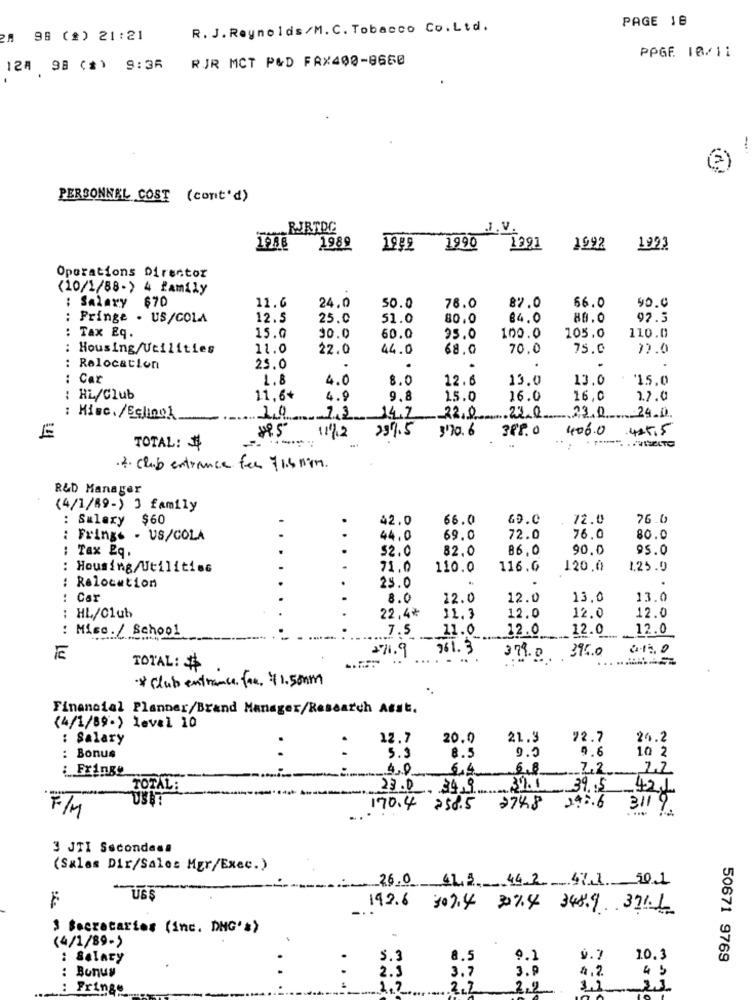
PAGE 18
R. J. Reynolds/M. C. Tobacco Co.Ltd.
2A 98 (#) 21:21
124 98 ($) 9:36 RUR MCT PMD FAX400-8660
PPGE 10/11
PERSONNEL COST (cont'd)
RJRTDC
.I. V.
1988 1989
1990
1391
1992
1993
Operations Director
(10/1/88-) 4 family
11.6
82.0
56.0
90.0
: Salary $70
24.0
50.0
76.0
: Fringe . US/COLA
12.5
25.0
51.0
80.0
84.0
92.5
: Tax Eq.
15.0
10.0
60.0
25.0
100.0
105.0
110.0
: Housing/Utilities
..
11.0
22.0
44.0
68.0
70.0
75.0
72.0
: Relocation
..
25.0
.
Car
..
1.8
4.0
8.0
12.6
13.0
13.0
$15.0
: HL/Club
11.6+
4.9
9.8
15.0
16.0
16.0
1.2.0
..
: Hisc. /Eclinol
1.2 ___ 14.2
22.0 23.0 23.0
24.0
1/12 291.5
3'70. 6
382. 0
406.0
425.5
TOTAL: $
.2. Club entrance fee 71.5 min.
R&D Manager
(4/1/89-) 3 family
: Salary $60
42.0
66.0
69.0
72.0
76.0
: Frings - US/COLA
44.0
69.0
72.0
76.0
80.0
: Tax Eq.
$2.0
82,0
86.0
90.0
95.0
: Housing/Utilities
..
71.0
110.0
116.0
120,0
1.25.0
: Relocation
25.0
Car
8.0
12.0
12.0
13.0
13.0
12.0
12.0
: HL/Club
22,4₺
11.3
12.0
: Misc. / School
7.5
11.0
12.0
12.0
12.0
>71.9
361. 3
012.0
E
379.0 395.0
TOTAL:
*Club entrance. for. $1.50mm
Financial Planner/Brand Manager/Research Asst.
(4/1/89.) level 10
: Salary
12.7
20.0
21.3
92.7
24.2
.
9.5
9.6
10 2
: Bonus
5.9
8.5
: Fringe
6.8
7,2
TOTAL:
23.0 349
39.1
39.5
421
USBT
F/M
170.4 258.5
274.8
242.6
3119.
3 JTI Secondesa
(Sales Dir/Sales Mgr/Exec.)
26.0 41.3. 442 471 50.1
US
192.6 309.4 30%4 348.9 371.6
) Secretaries (inc. DNG' >>
(4/1/89->
: Salary
5.3
8.5
9.1
9. 7
10.3
50671 9769
2.3
3.7
3.9
4 5
: Bonus
: Fringe
2,2
2.2